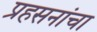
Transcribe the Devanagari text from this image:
प्रहसनांचा